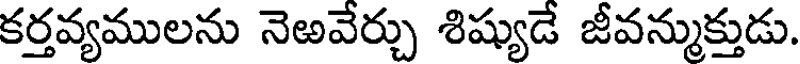
కర్తవ్యములను నెఱవేర్చు శిష్యుడే జీవన్ముక్తుడు.